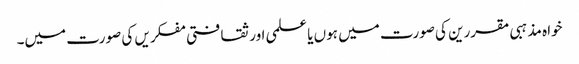
خواہ مذہبی مقررین کی صورت میں ہوں یا علمی اور ثقافتی مفکریں کی صورت میں۔